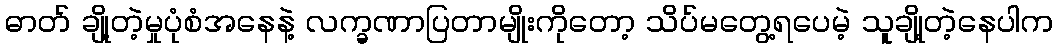
ဓာတ် ချို့တဲ့မှုပုံစံအနေနဲ့ လက္ခဏာပြတာမျိုးကိုတော့ သိပ်မတွေ့ရပေမဲ့ သူချို့တဲ့နေပါက